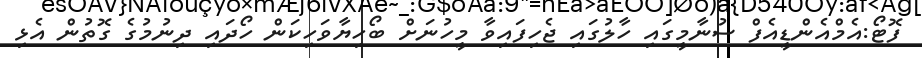
ފޮޓޯ:އެމްއެންޑީއެފް ސުނާމީގައި ހާލުގައި ޖެހިފައިވާ މީހުނަށް ބޯހިޔާވަހިކަން ހޯދައި ދިނުމުގެ ގޮތުން އެޅި